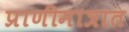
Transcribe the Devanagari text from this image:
प्राणीमात्रात